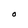
Character: O